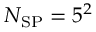
N _ { \mathrm { S P } } = 5 ^ { 2 }